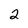
Character: 2